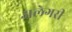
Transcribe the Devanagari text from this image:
अलेगरी